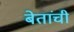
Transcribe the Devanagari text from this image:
बेतांची